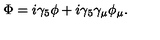
\Phi = i \gamma _ { 5 } \phi + i \gamma _ { 5 } \gamma _ { \mu } \phi _ { \mu } .